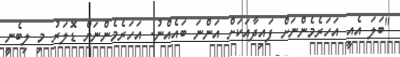
"ބަލަ އެއީ އަހަރެމެންނަށް ފައިދާއަކަށް އަންނަ ބައެއްނު. އަހަރެމެންނަށް ޑޮލަރު މި ލިބެނީ